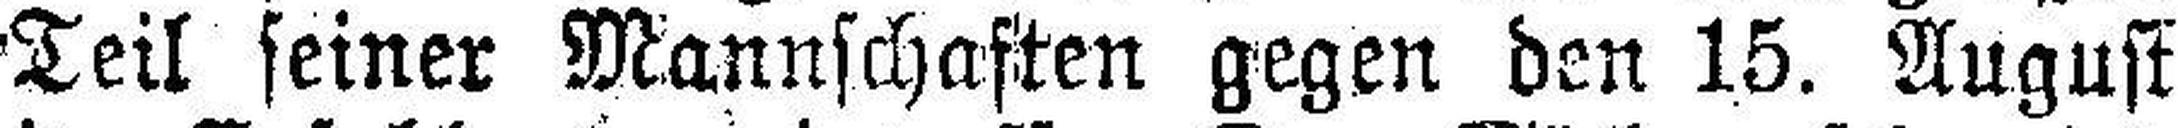
Teil seiner Mannschaften gegen den 15. August